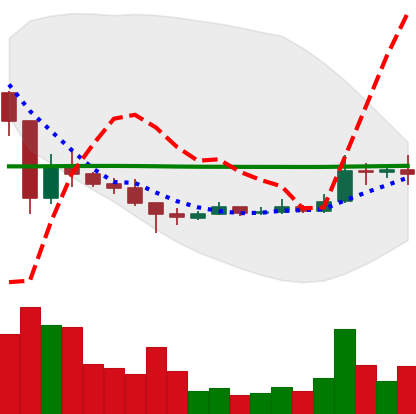
Ticker: XRP-USD
Chart end date: 2021-01-10
Forward return: -11.915%
Label: down_7plus